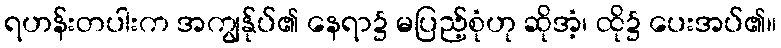
ရဟန်းတပါးက အကျွန်ုပ်၏ နေရာ၌ မပြည့်စုံဟု ဆိုအံ့၊ ထို၌ ပေးအပ်၏။